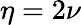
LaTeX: \eta=2\nu